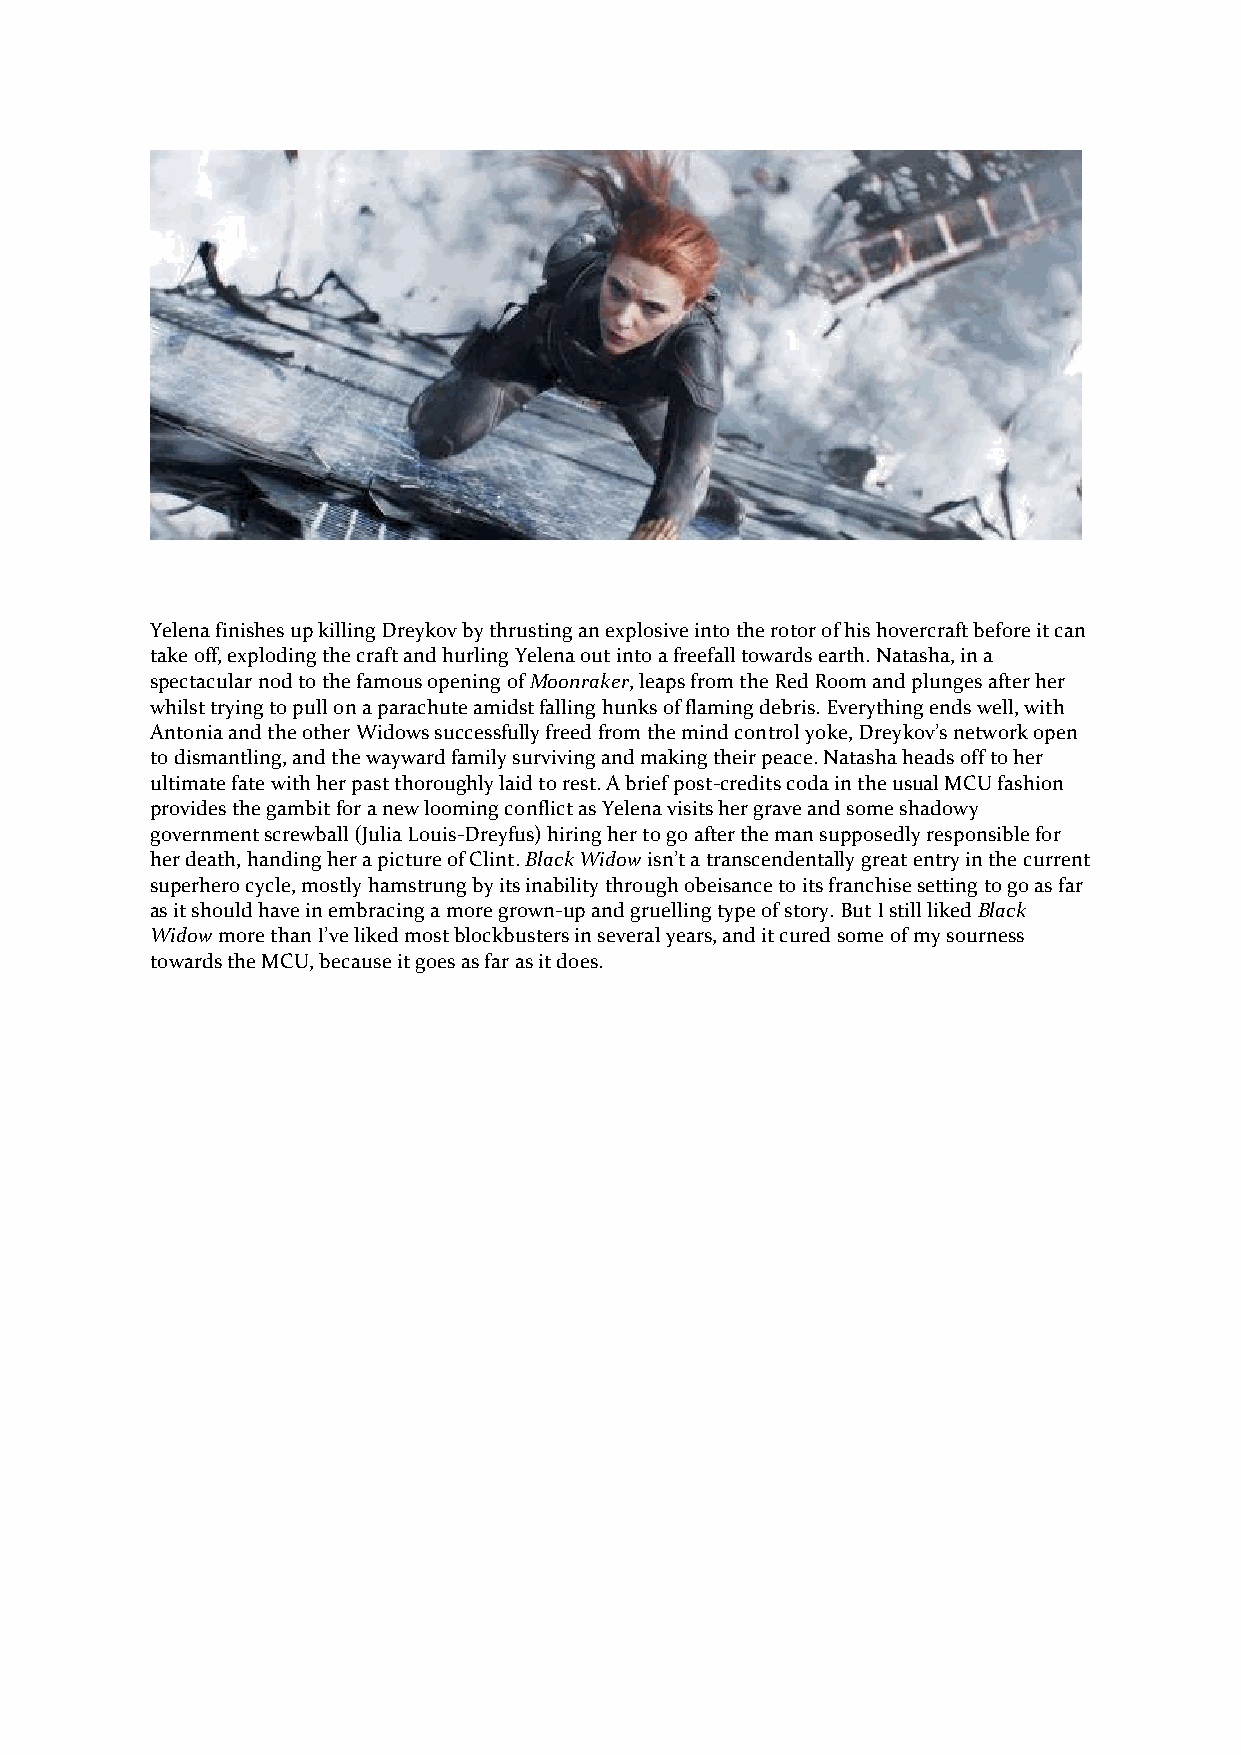
Yelena finishes up killing Dreykov by thrusting an explosive into the rotor of his hovercraft before it can
 take off, exploding the craft and hurling Yelena out into a freefall towards earth. Natasha, in a
 spectacular nod to the famous opening of Moonraker, leaps from the Red Room and plunges after her
 whilst trying to pull on a parachute amidst falling hunks of flaming debris. Everything ends well, with
 Antonia and the other Widows successfully freed from the mind control yoke, Dreykov’s network open
 to dismantling, and the wayward family surviving and making their peace. Natasha heads off to her
 ultimate fate with her past thoroughly laid to rest. A brief post-credits coda in the usual MCU fashion
 provides the gambit for a new looming conflict as Yelena visits her grave and some shadowy
 government screwball (Julia Louis-Dreyfus) hiring her to go after the man supposedly responsible for
 her death, handing her a picture of Clint. Black Widow isn’t a transcendentally great entry in the current
 superhero cycle, mostly hamstrung by its inability through obeisance to its franchise setting to go as far
 as it should have in embracing a more grown-up and gruelling type of story. But I still liked Black
 Widow more than I’ve liked most blockbusters in several years, and it cured some of my sourness
 towards the MCU, because it goes as far as it does.